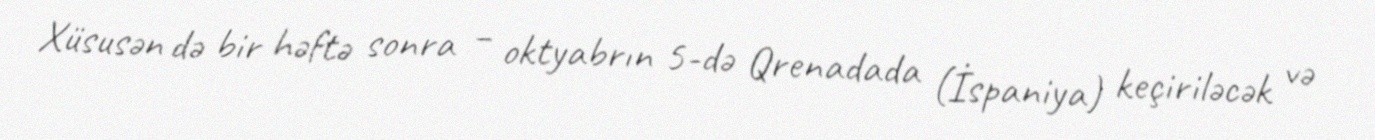
Xüsusən də bir həftə sonra – oktyabrın 5-də Qrenadada (İspaniya) keçiriləcək və